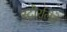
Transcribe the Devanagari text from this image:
स्टौरलिते